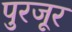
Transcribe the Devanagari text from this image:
पुरजूर